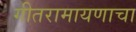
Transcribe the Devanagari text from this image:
गीतरामायणाचा